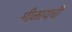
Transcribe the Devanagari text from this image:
मीळायची